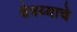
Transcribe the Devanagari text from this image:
क्षेत्रय्याचे